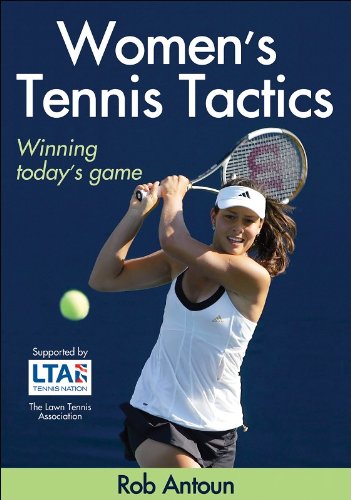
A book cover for Women's Tennis Tactics; Rob Antoun; Sports & Outdoors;